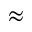
\approx